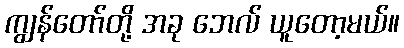
ကျွန်တော်တို့ အခု ဘေလ် ယူတော့မယ်။